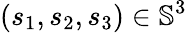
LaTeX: (s_{1},s_{2},s_{3})\in\mathbb{S}^{3}